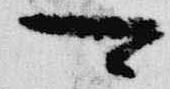
可